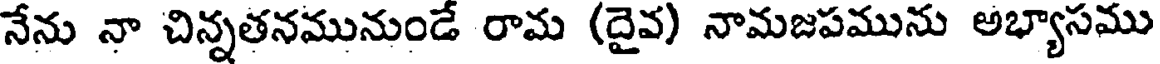
నేను నా చిన్నతనమునుండే రామ (దైవ) నామజపమును అభ్యాసము